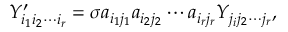
Y _ { i _ { 1 } i _ { 2 } \cdots i _ { r } } ^ { \prime } = \sigma a _ { i _ { 1 } j _ { 1 } } a _ { i _ { 2 } j _ { 2 } } \cdots a _ { i _ { r } j _ { r } } Y _ { j _ { i } j _ { 2 } \cdots j _ { r } } ,